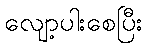
လျော့ပါးစေပြီး